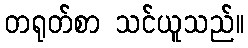
တရုတ်စာ သင်ယူသည်။